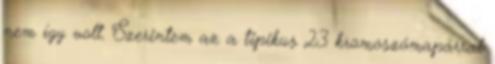
nem így volt. Szerintem az a tipikus 23 kromoszómapárral